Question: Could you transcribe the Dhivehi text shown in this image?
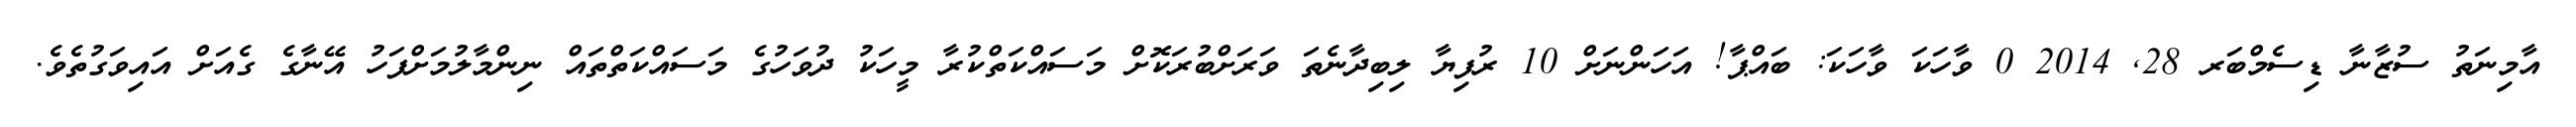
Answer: އާމިނަތު ސުޒާނާ ޑިސެމްބަރ 28, 2014 0 ވާހަކަ ވާހަކަ: ބައްޕާ! އަހަންނަށް 10 ރުފިޔާ ލިބިދާނެތަ ވަރަށްބުރަކޮށް މަސައްކަތްކުރާ މީހަކު ދުވަހުގެ މަސައްކަތްތައް ނިންމާލުމަށްފަހު އޭނާގެ ގެއަށް އައިވަގުތެވެ.